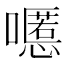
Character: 𱕔